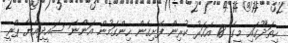
ހިތަދޫގައި މީގެ 18 އަހަރު ކުރިން ފެށިގެން ހިންގަމުން އަންނަ ސައީދިއްޔާ ޕްރީ